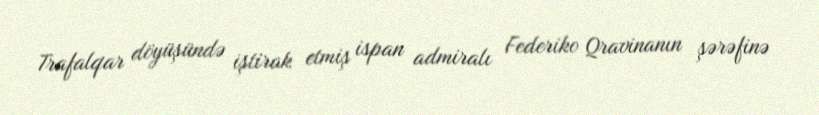
Trafalqar döyüşündə iştirak etmiş ispan admiralı Federiko Qravinanın şərəfinə